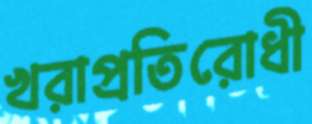
খরাপ্রতিরোধী